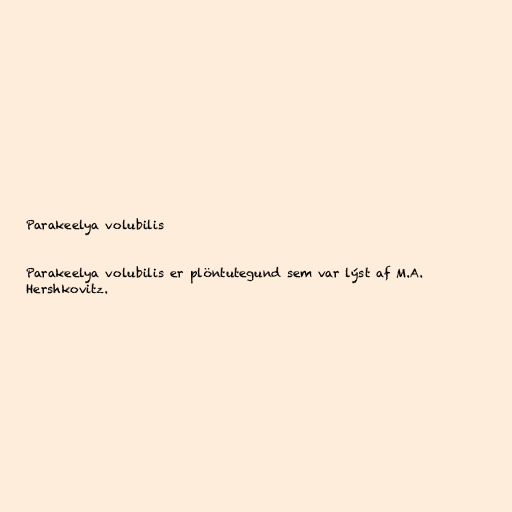
Parakeelya volubilis

Parakeelya volubilis er plöntutegund sem var lýst af M.A.
Hershkovitz.